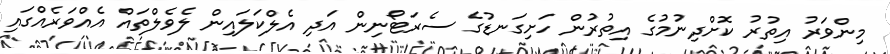
މިންވަރު އިތުރު ކޮށްދިނުމުގެ އިތުރުން ހަށިގަނޑުގެ ސެރަޓޯނިން އަދި އެލްކަލައިން ލެވެލްތައް އެއްވަރެއްގައި